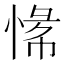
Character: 𫺟